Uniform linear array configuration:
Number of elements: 32
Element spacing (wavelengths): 0.25
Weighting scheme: blackman
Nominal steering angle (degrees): -60
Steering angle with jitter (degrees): -61.816
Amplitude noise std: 0.05
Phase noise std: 0.05

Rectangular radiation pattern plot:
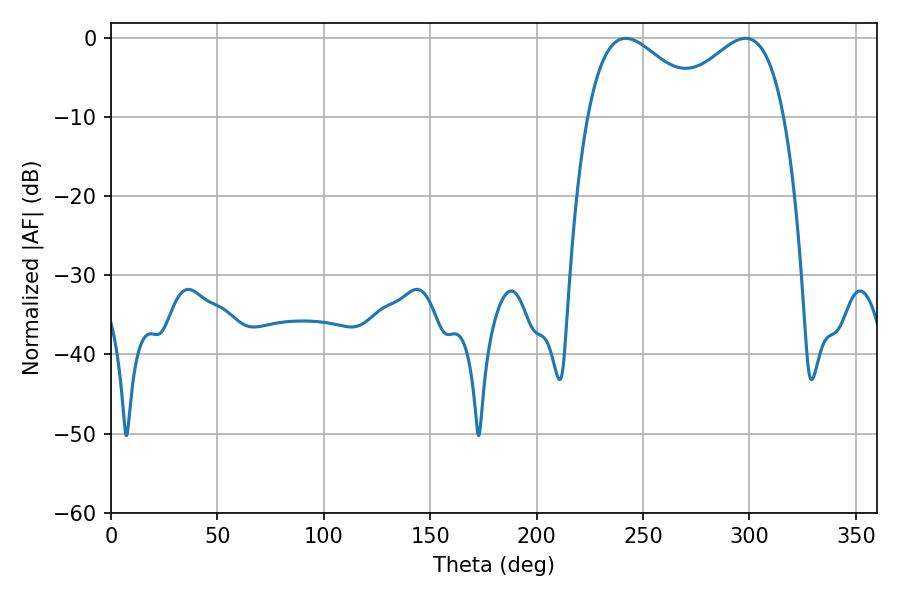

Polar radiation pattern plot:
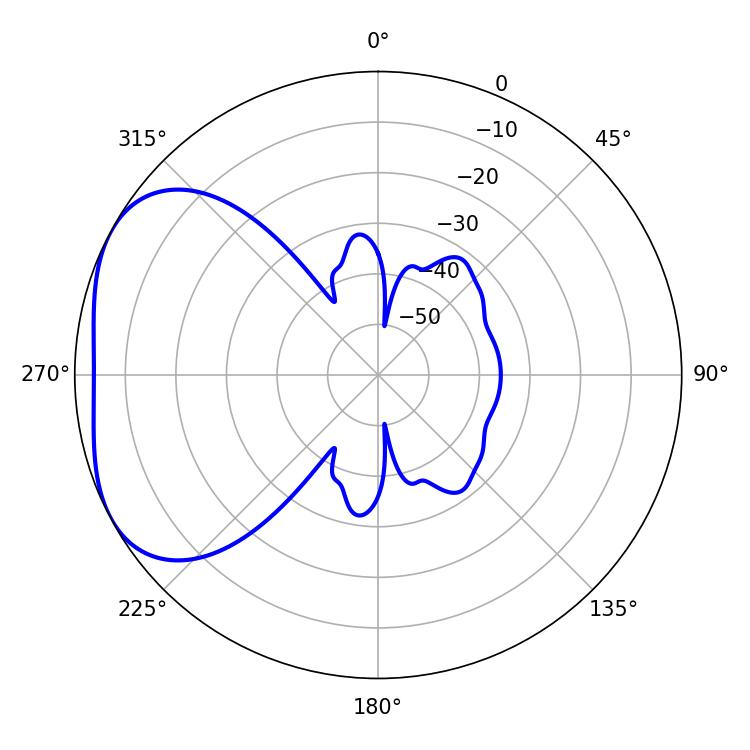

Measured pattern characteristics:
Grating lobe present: FALSE
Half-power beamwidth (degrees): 29.88
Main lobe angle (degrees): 241.92